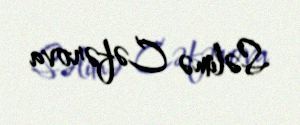
Səlimə Cəfərova